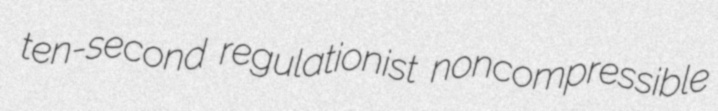
ten-second regulationist noncompressible